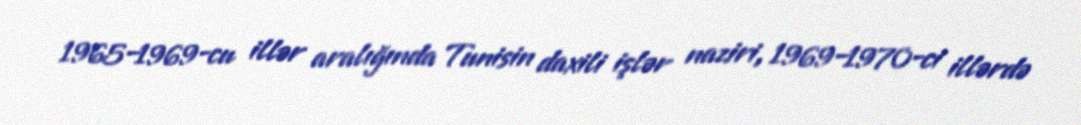
1965–1969-cu illər aralığında Tunisin daxili işlər naziri, 1969–1970-ci illərdə